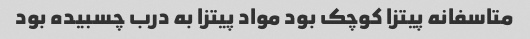
متاسفانه پیتزا کوچک بود مواد پیتزا به درب چسبیده بود